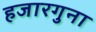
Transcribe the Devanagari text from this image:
हजारगुना